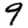
Digit: 9